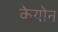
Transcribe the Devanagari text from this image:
केयोन